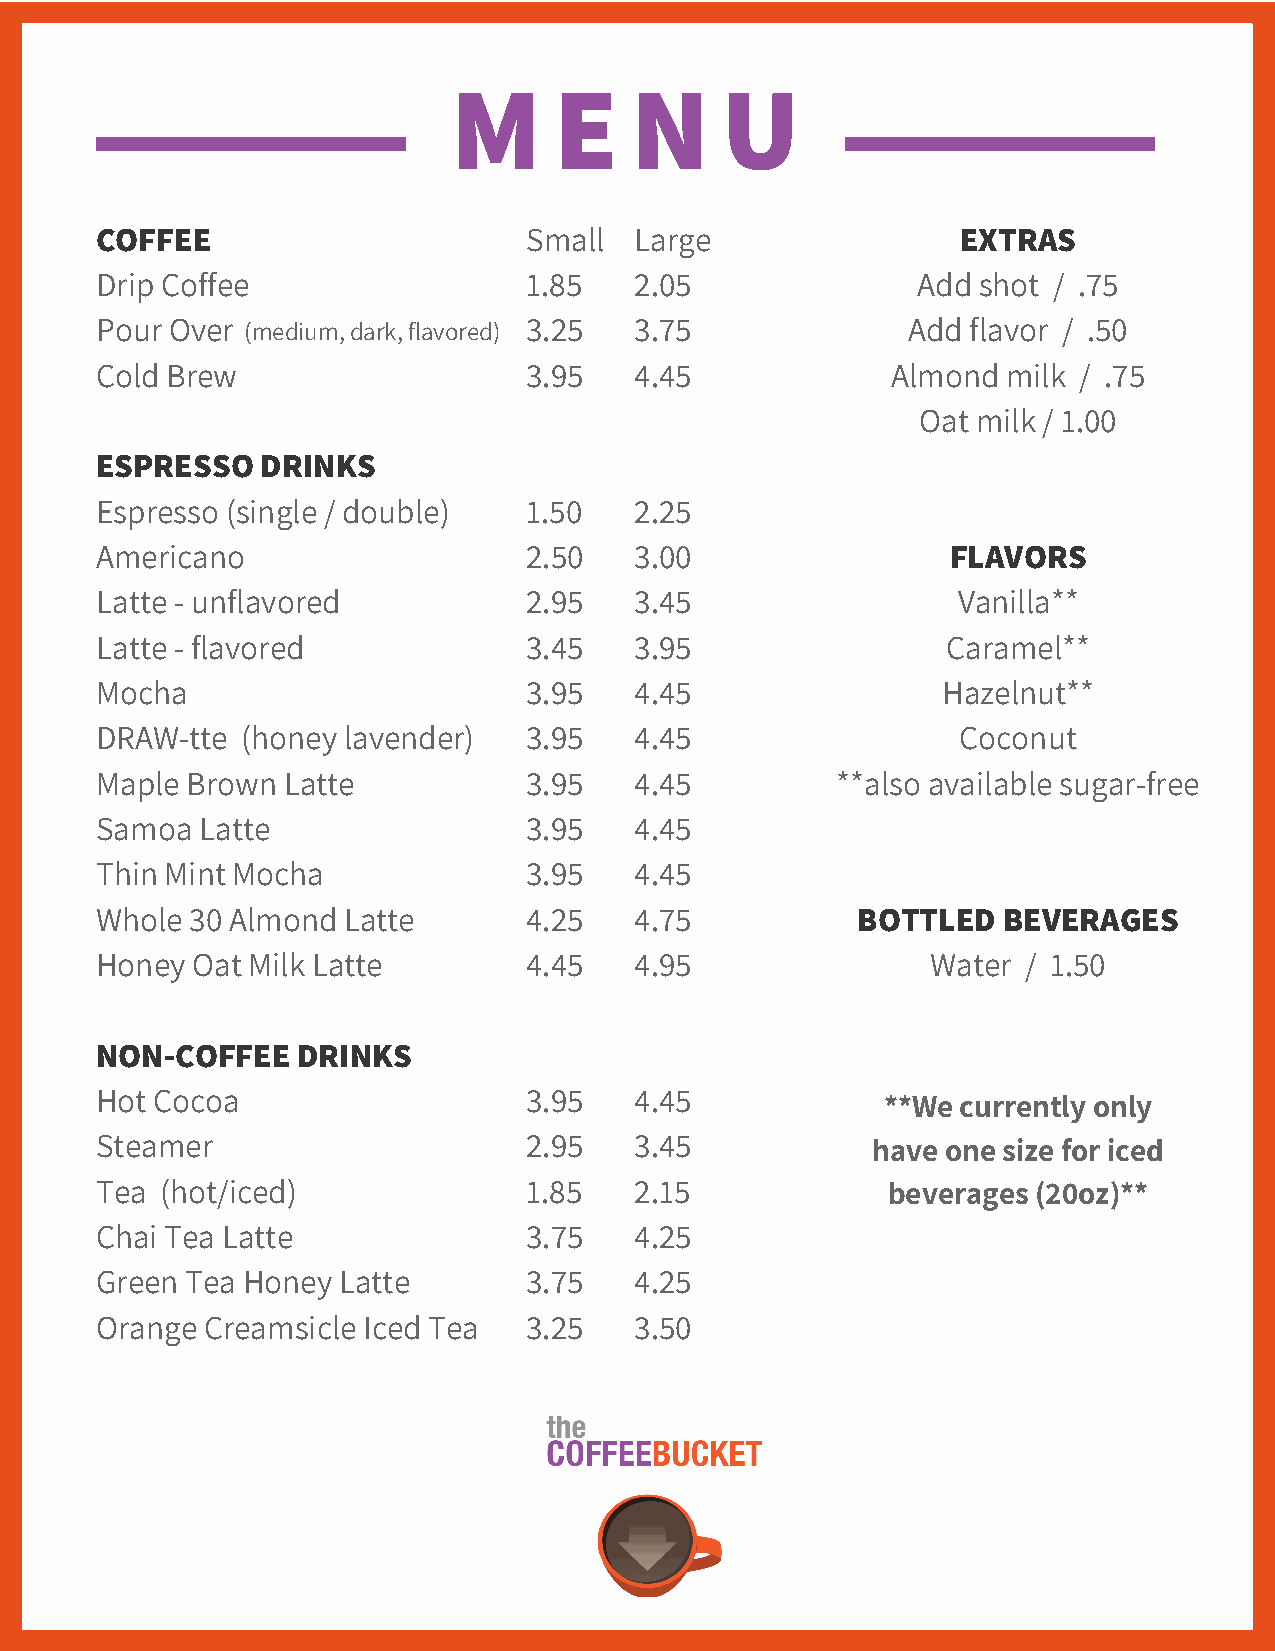
M      E    N     U
 COFFEE                       Small  Large                 EXTRAS
 Drip Coffee                  1.85   2.05               Add shot / .75
 Pour Over (medium, dark, flavored) 3.25 3.75          Add flavor / .50
 Cold Brew                    3.95   4.45             Almond  milk / .75
 Oat milk / 1.00
 ESPRESSO   DRINKS
 Espresso (single / double)   1.50   2.25
 Americano                    2.50   3.00                 FLAVORS
 Latte - unflavored           2.95   3.45                 Vanilla**
 Latte - flavored             3.45   3.95                 Caramel**
 Mocha                        3.95   4.45                Hazelnut**
 DRAW-tte  (honey lavender)   3.95   4.45                  Coconut
 Maple Brown  Latte           3.95   4.45         **also available sugar-free
 Samoa  Latte                 3.95   4.45
 Thin Mint Mocha              3.95   4.45
 Whole  30 Almond Latte       4.25   4.75           BOTTLED  BEVERAGES
 Honey  Oat Milk Latte        4.45   4.95                Water / 1.50
 NON-COFFEE    DRINKS
 Hot Cocoa                    3.95   4.45            **We  currently only
 Steamer                      2.95   3.45            have one size for iced
 Tea  (hot/iced)              1.85   2.15             beverages (20oz)**
 Chai Tea Latte               3.75   4.25
 Green Tea Honey Latte        3.75   4.25
 Orange Creamsicle Iced Tea   3.25   3.50